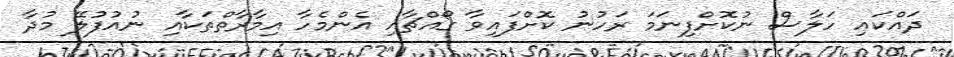
ދައްކައި ހަލާސް ނުކޮށްފިނަމަ ރަހުނު ކޮށްފައިވާ ގޯއްޗާއި އެންމެހާ އިމާރާތްތަކާއި ނުއުފުލޭ މުދާ